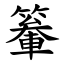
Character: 䉊